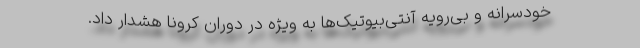
خودسرانه و بی‌رویه آنتی‌بیوتیک‌ها به ویژه در دوران کرونا هشدار داد.